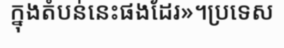
ក្នុងតំបន់នេះផងដែរ»។ប្រទេស